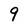
Character: 9